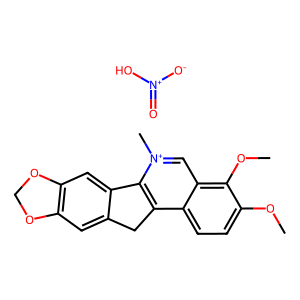
SMILES: COc1ccc2c3c([n+](C)cc2c1OC)-c1cc2c(cc1C3)OCO2.O=[N+]([O-])O
Inhibits HIV replication: No